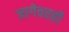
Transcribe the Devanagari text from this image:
जागेवरही